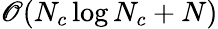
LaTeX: \mathscr{O}(N_{c}\log N_{c}+N)